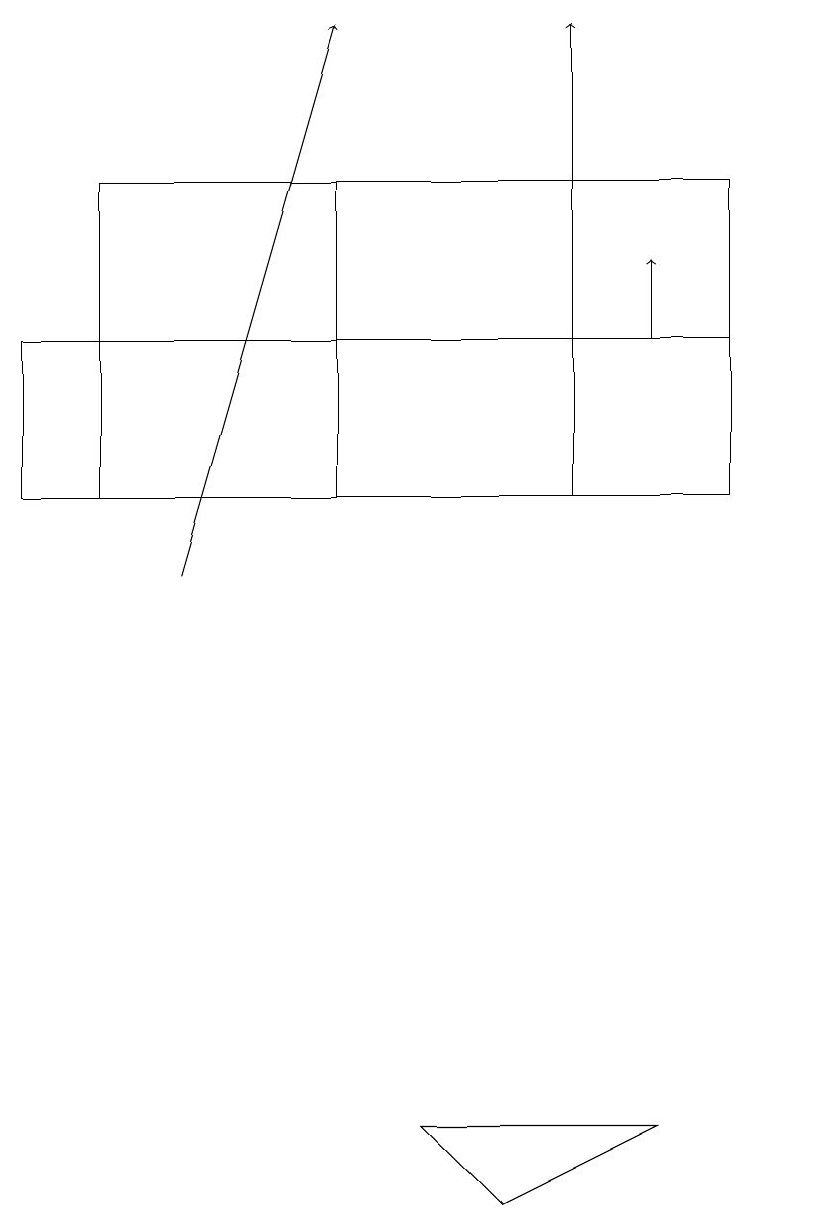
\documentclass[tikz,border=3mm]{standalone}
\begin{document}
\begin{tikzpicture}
\draw (1,16) rectangle (4,12);
\draw (8,4) -- (5,4) -- (6,3) -- cycle;
\draw[->] (2,11) -- (4,18);
\draw (10,10) circle (0);
\draw[->] (7,12) -- (7,18);
\draw (9,16) rectangle (1,14);
\draw (0,12) rectangle (9,14);
\draw[->] (8,14) -- (8,15);
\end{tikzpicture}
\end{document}